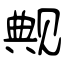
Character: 觍